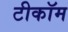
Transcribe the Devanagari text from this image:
टीकॉम